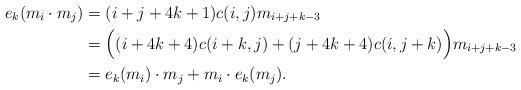
LaTeX: \begin{align*}e_k (m_i \cdot m_j) &= (i+j + 4k + 1) c(i,j) m_{i+j+k-3} \\ &= \Bigl((i+4k+4)c(i+k,j) + (j+4k+4)c(i,j+k)\Bigr) m_{i+j+k-3} \\ &= e_k(m_i) \cdot m_j + m_i \cdot e_k(m_j).\end{align*}